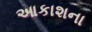
આકાશના